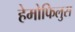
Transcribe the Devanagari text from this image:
हेमोफिलुस